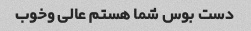
دست بوس شما هستم عالی وخوب